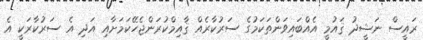
ރައީސް ނަޝީދު ޤައުމީ އެއްބައިވަންތަކަމުގެ ސަރުކާރެއް ޤާއިމްކުރަންޖެހޭކަމަށާއި އަދި އެ ސަރުކާރަކީ އެ